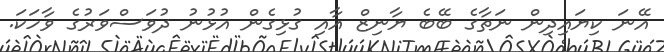
އޭނަ ކިޔައިދިން ނަތާގެ ބޭބެ ޔާނިޒް އާއި ގުޅިގެން އުޅުނު ދުވަސްވަރުގެ ވާހަކަ.